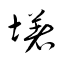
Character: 墸